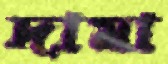
দামা